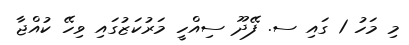
މި މަހު 1 ގައި ސ. ފޭދޫ ސިއްހީ މަރުކަޒުގައި ވިހޭ ކުއްޖާ